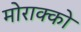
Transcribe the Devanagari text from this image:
मोराक्को